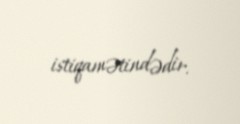
istiqamətindədir.